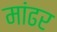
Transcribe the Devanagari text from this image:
मांढर